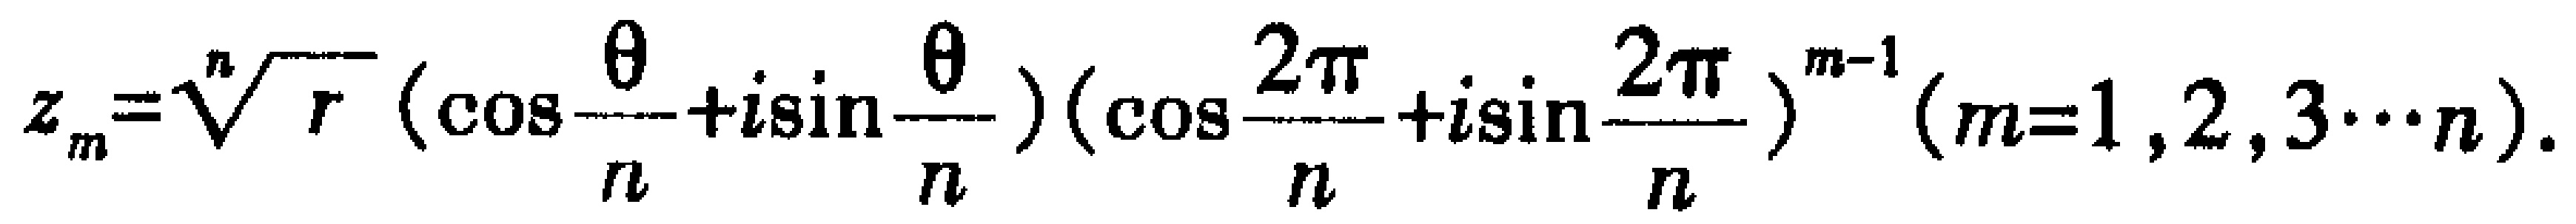
\(z_{m}=\sqrt[n]{r}\left(\cos\frac{\theta}{n}+i\sin\frac{\theta}{n}\right)\left(\cos\frac{2\pi}{n}+i\sin\frac{2\pi}{n}\right)^{m - 1}(m = 1,2,3\cdots n).\)